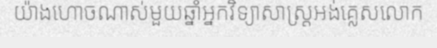
យ៉ាងហោចណាស់មួយឆ្នាំអ្នកវិទ្យាសាស្ត្រអង់គ្លេសលោក